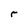
Character: r